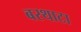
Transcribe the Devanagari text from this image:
बरथाटा